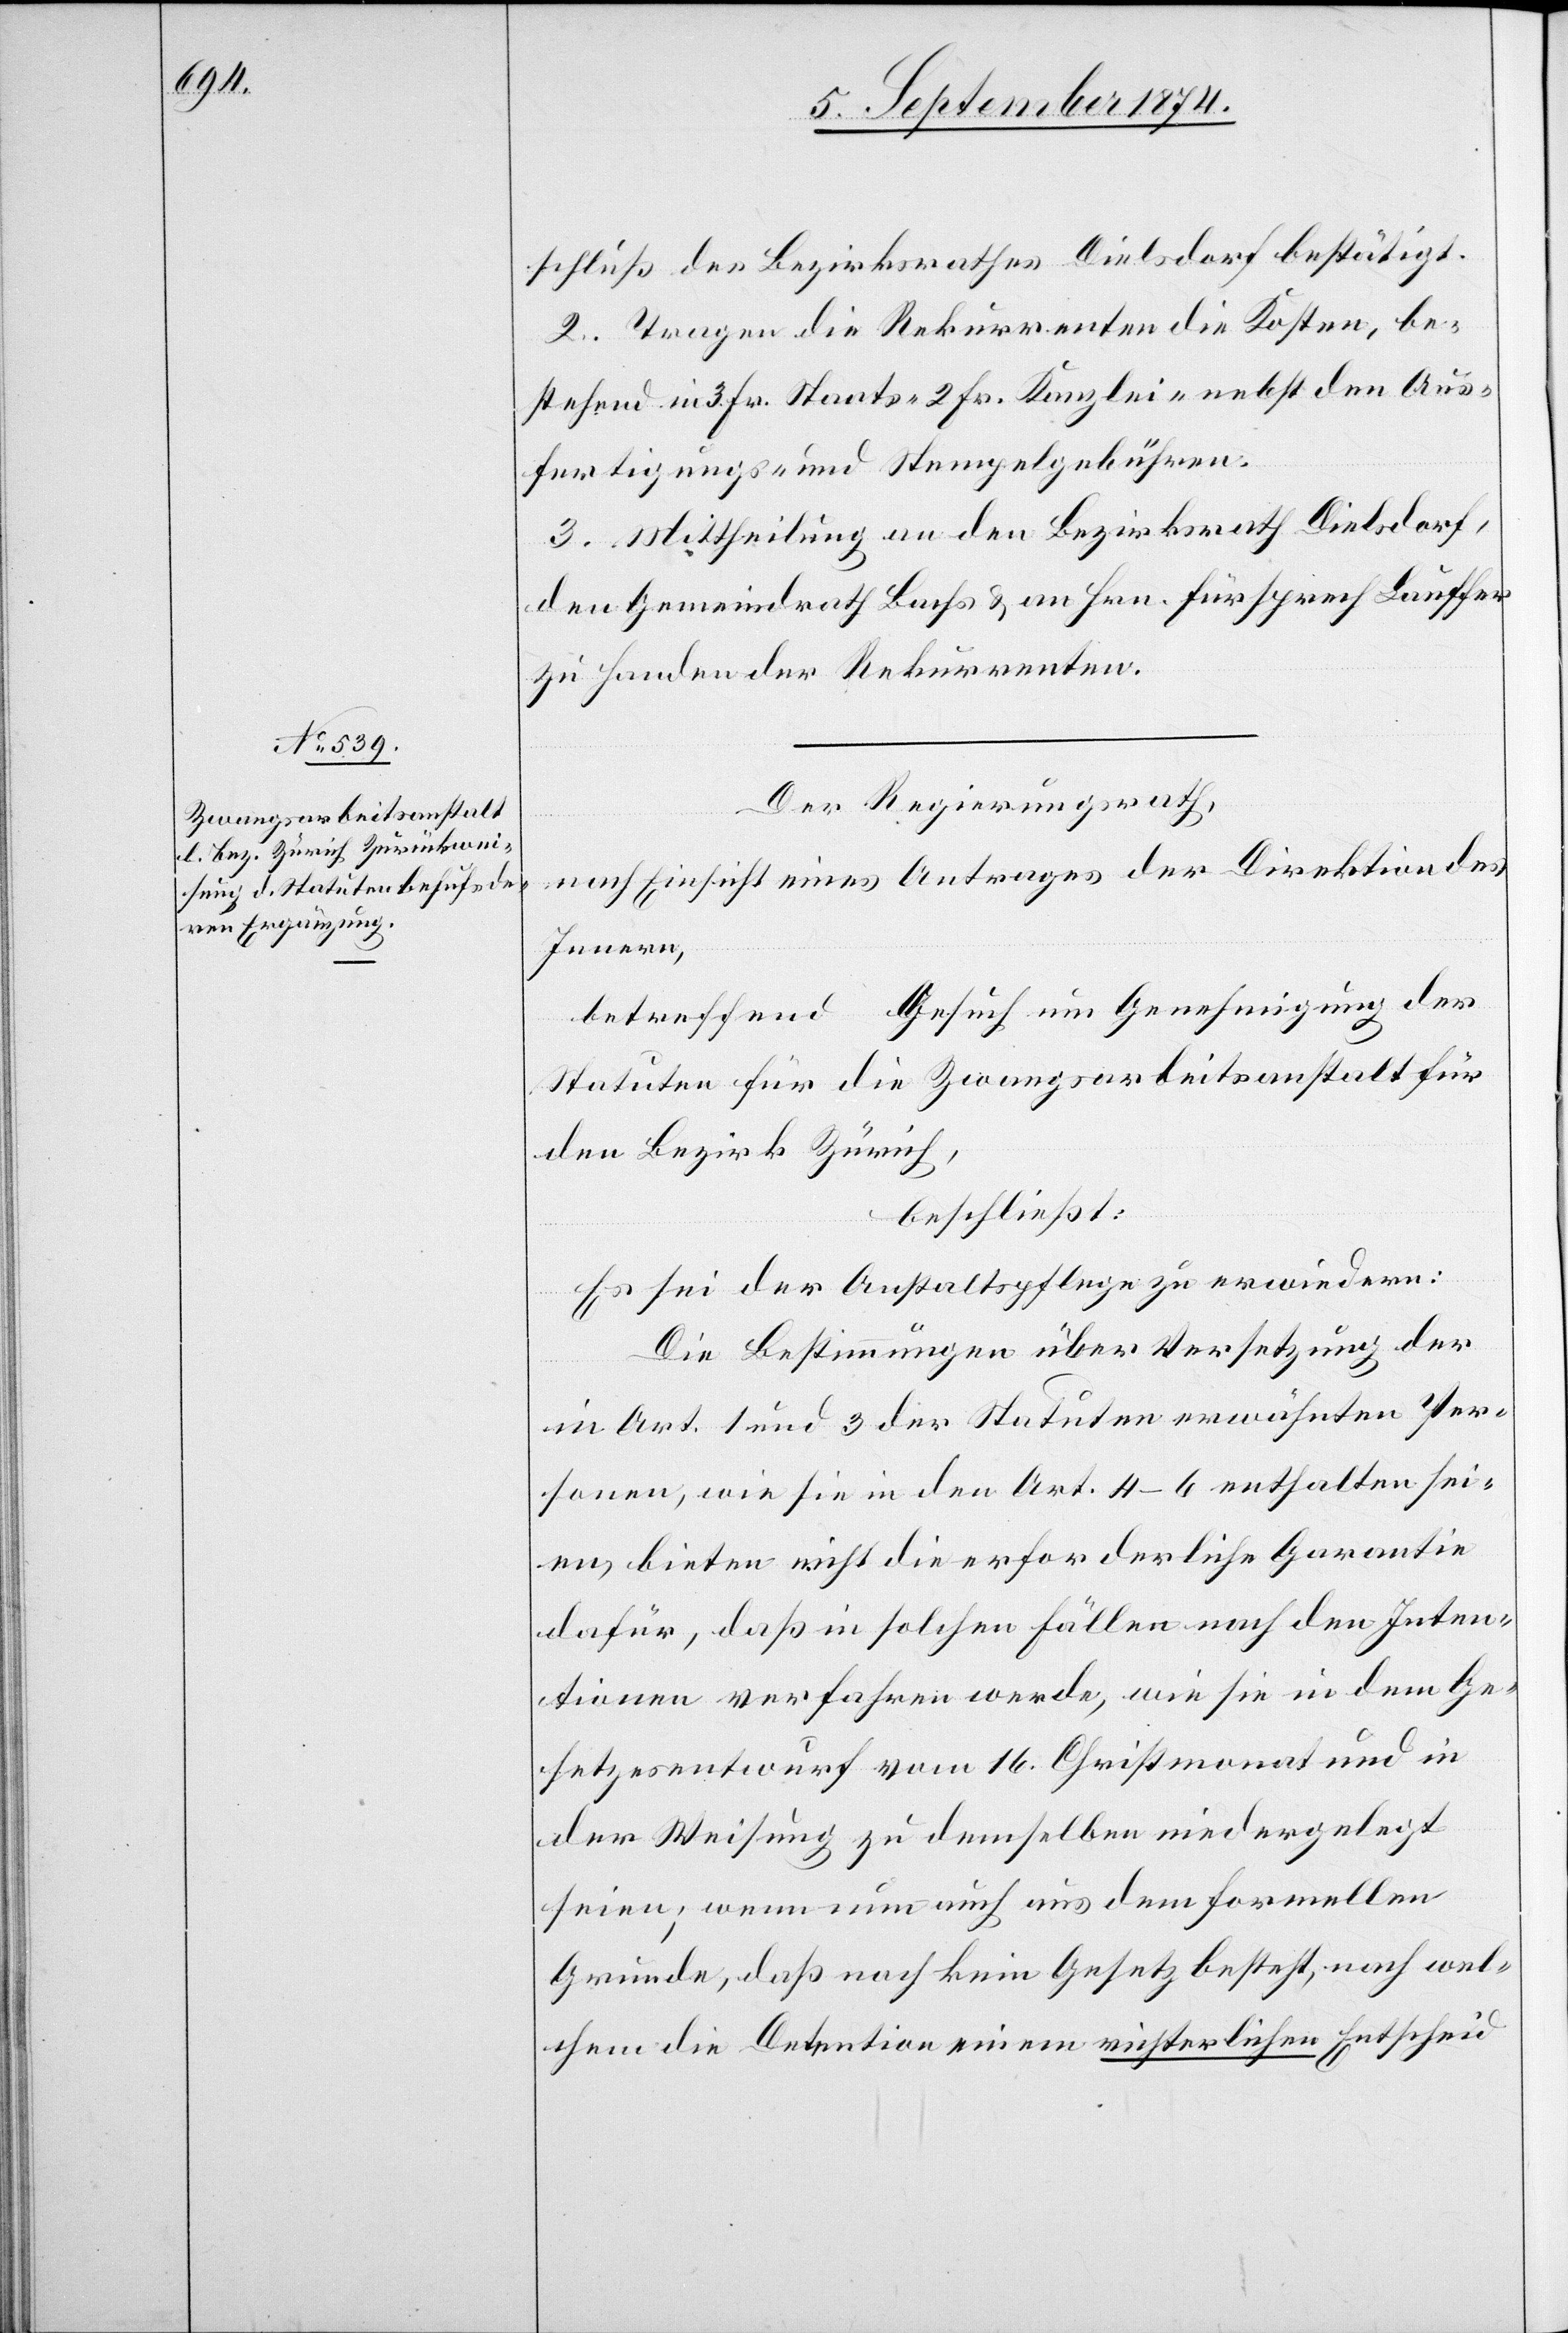
schluß des Bezirksrathes Dielsdorf bestätigt.
2. Tragen die Rekurrenten die Kosten, be¬
stehend in 3 Fr. Staats-[,] 2 Fr. Kanzlei- nebst den Aus¬
fertigungs- und Stempelgebühren.
3. Mittheilung an den Bezirksrath Dielsdorf,
den Gemeindrath Bachs u. an Hrn. Fürsprech Lauffer
zu Handen der Rekurrenten.
Der Regierungsrath,
nach Einsicht eines Antrages der Direktion des
Innern,
betreffend Gesuch um Genehmigung der
Statuen für die Zwangsarbeitsanstalt für
den Bezirk Zürich,
beschließt:
Es sei der Anstaltspflege zu erwiedern:
Die Bestimmungen über Versetzung der
in Art. 1 und 3 der Statuten erwähnten Per¬
sonen, wie sie in den Art. 4–6 enthalten sei¬
en, bieten nicht die erforderliche Garantie
dafür, daß in solchen Fällen nach den Inten¬
tionen verfahren werde, wie sie in dem Ge¬
setzesentwurf vom 16. Christmonat und in
der Weisung zu demselben niedergelegt
seien; wenn nun auch aus dem formellen
Grunde, daß noch kein Gesetz besteht, nach wel¬
chem die Detention einem richterlichen Entscheid